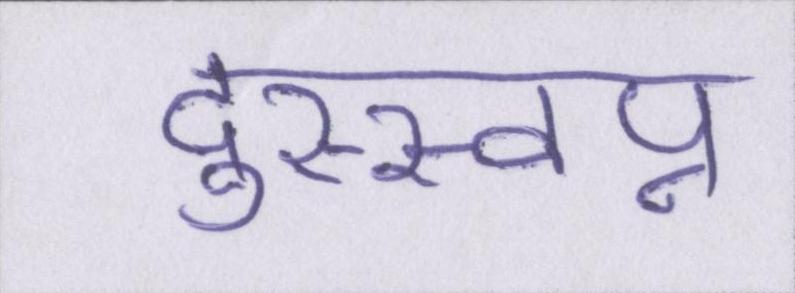
दुस्स्वप्न